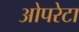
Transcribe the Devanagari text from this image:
ओपरेटा